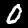
Label: 0